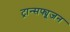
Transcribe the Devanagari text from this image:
ट्रान्सफ्यूजन